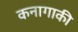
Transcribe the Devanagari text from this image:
कनागाकी